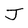
Character: J